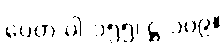
ပေတ-ပါ-၁၅၅၊ ဋ္ဌ-၁၀၉။